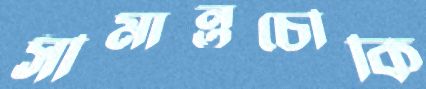
সীমান্তচৌকি